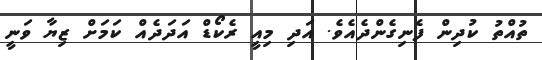
ތުއްތު ކުދިން ފެނިގެންދެއެވެ. އަދި މިއީ ރެކޯޑް އަދަދެއް ކަމަށް ޒިޔާ ވަނީ